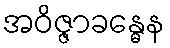
အဝိဇ္ဇာခန္ဓေန